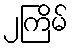
၂ကြိမ်